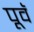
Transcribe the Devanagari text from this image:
पूवॅ